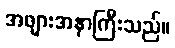
အဖျားအနာကြီးသည်။